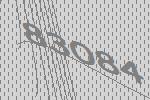
83084